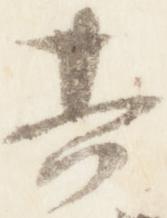
其